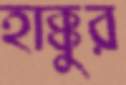
হাক্কুর